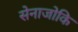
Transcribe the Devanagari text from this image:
सेनाजोकि